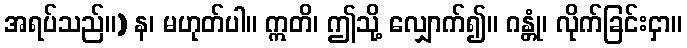
အရပ်သည်။) န၊ မဟုတ်ပါ။ ဣတိ၊ ဤသို့ လျှောက်၍။ ဂန္တုံ၊ လိုက်ခြင်းငှာ။